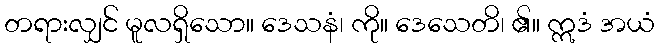
တရားလျှင် မူလရှိသော။ ဒေသနံ၊ ကို။ ဒေသေတိ၊ ၏။ ဣဒံ အယံ